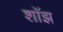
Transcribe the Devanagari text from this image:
शॉझ